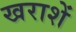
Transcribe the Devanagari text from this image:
खराशें